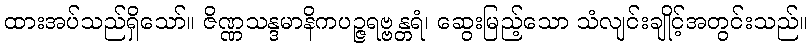
ထားအပ်သည်ရှိသော်။ ဇိဏ္ဏသန္ဒမာနိကပဉ္ဇရဗ္ဗန္တရံ၊ ဆွေးမြည့်သော သံလျင်းချိုင့်အတွင်းသည်။